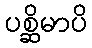
ပစ္ဆိမာပိ